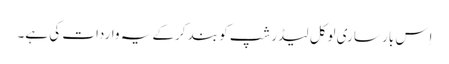
اِس بار ساری لوکل لیڈرشپ کو بند کرکے یہ واردات کی ہے۔